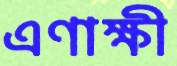
এণাক্ষী